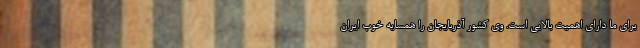
برای ما دارای اهمیت بالایی است. وی کشور آذربایجان را همسایه خوب ایران